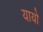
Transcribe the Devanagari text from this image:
यायो